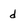
Character: d